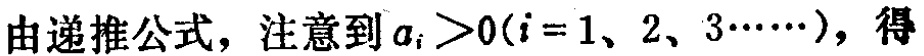
由递推公式，注意到\(a_{i}>0(i = 1,2,3\cdots)\)，得